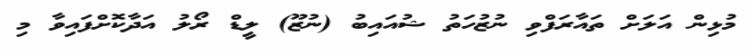
މުޅިން އަލަށް ތައާރަފްވި ނުޒުހަތު ޝުއައިބު (ނުޒޫ) ލީޑް ރޯލު އަދާކޮށްފައިވާ މި